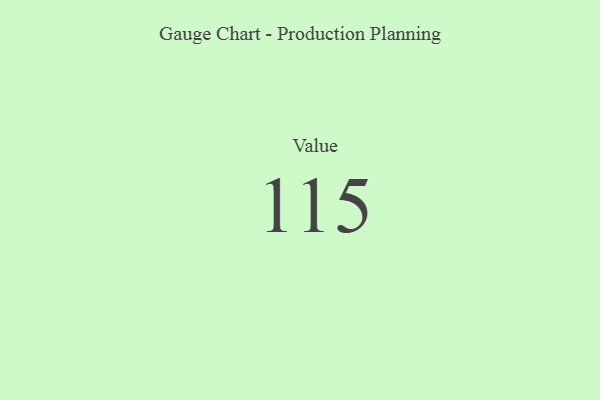
{"axis": {"x": "Metric", "y": "Value"}, "legend": [""], "data": [{"x": "Value", "y": 115, "type": ""}]}